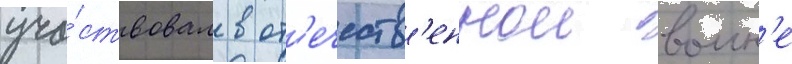
уча́ствовал в от'ечеств'еннои воин'е